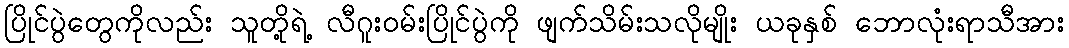
ပြိုင်ပွဲတွေကိုလည်း သူတို့ရဲ့ လီဂူးဝမ်းပြိုင်ပွဲကို ဖျက်သိမ်းသလိုမျိုး ယခုနှစ် ဘောလုံးရာသီအား